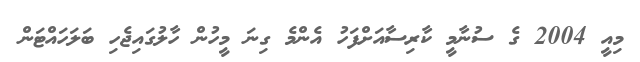
މިއީ 2004 ގެ ސުނާމީ ކާރިސާއަށްފަހު އެންމެ ގިނަ މީހުން ހާލުގައިޖެހި ބަލަހައްޓަން